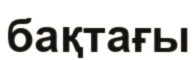
бақтағы